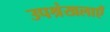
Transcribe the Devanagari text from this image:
उपश्रंखलाएँ